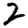
Digit: 2